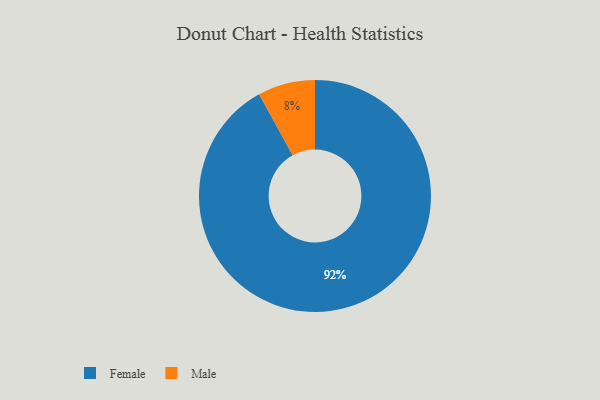
{"axis": {"x": "Category", "y": "Percentage"}, "legend": ["Female", "Male"], "data": [{"x": "Female", "y": 92, "type": "Female"}, {"x": "Male", "y": 8, "type": "Male"}]}